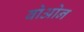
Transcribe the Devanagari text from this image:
बोओन